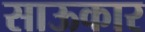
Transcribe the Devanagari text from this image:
साऊकार